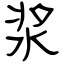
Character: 浆